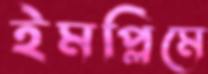
ইমপ্লিমে